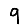
Digit: 9